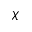
\boldsymbol \chi